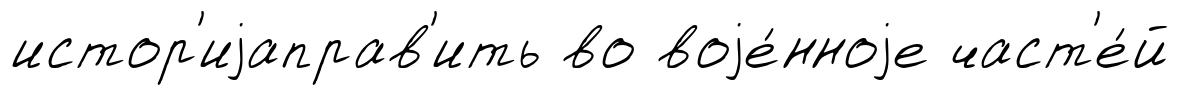
истор'иjаправ'ить во воjе́нноjе част'е́й